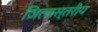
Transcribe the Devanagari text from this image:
जिलास्तरीय